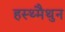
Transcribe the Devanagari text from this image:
हस्थ्मैथुन